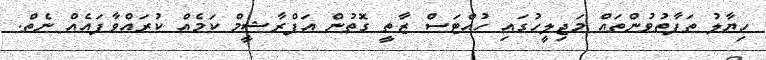
ހިޔާލު ތަފާތުވުންތައް މަޖިލީހުގައި ހުއްޓަސް ޒާތީ ގޮތުން އަފްރާޝީމް ކަމެއް ކުރައްވާފައެއް ނެތް.